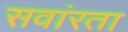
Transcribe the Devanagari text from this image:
सवांरता